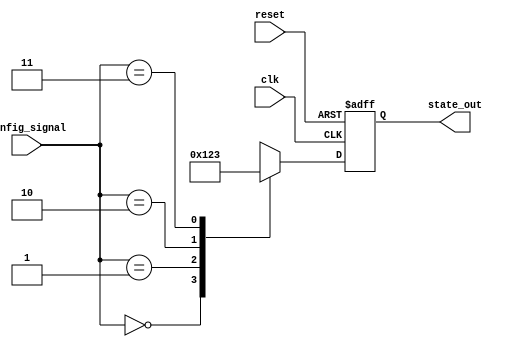
module ConfigurableInitialConditions (
    input wire [1:0] config_signal, // Configuration signal to select initial condition
    input wire reset,                // Reset signal (active-high)
    input wire clk,                  // Clock signal
    output reg [3:0] state_out       // State outputs (4-bit for example)
);

// Define the initial conditions
parameter [3:0] INIT_COND_0 = 4'b0000; // Initial condition 0
parameter [3:0] INIT_COND_1 = 4'b0001; // Initial condition 1
parameter [3:0] INIT_COND_2 = 4'b0010; // Initial condition 2
parameter [3:0] INIT_COND_3 = 4'b0011; // Initial condition 3

// Internal state register
reg [3:0] state_reg;

// Mux logic to select the initial condition based on config_signal
always @* begin
    case (config_signal)
        2'b00: state_reg = INIT_COND_0;
        2'b01: state_reg = INIT_COND_1;
        2'b10: state_reg = INIT_COND_2;
        2'b11: state_reg = INIT_COND_3;
        default: state_reg = INIT_COND_0; // Default condition
    endcase
end

// Sequential logic for state update
always @(posedge clk or posedge reset) begin
    if (reset) begin
        state_out <= INIT_COND_0; // Load default state on reset
    end else begin
        state_out <= state_reg; // Update state based on selected condition
    end
end

endmodule